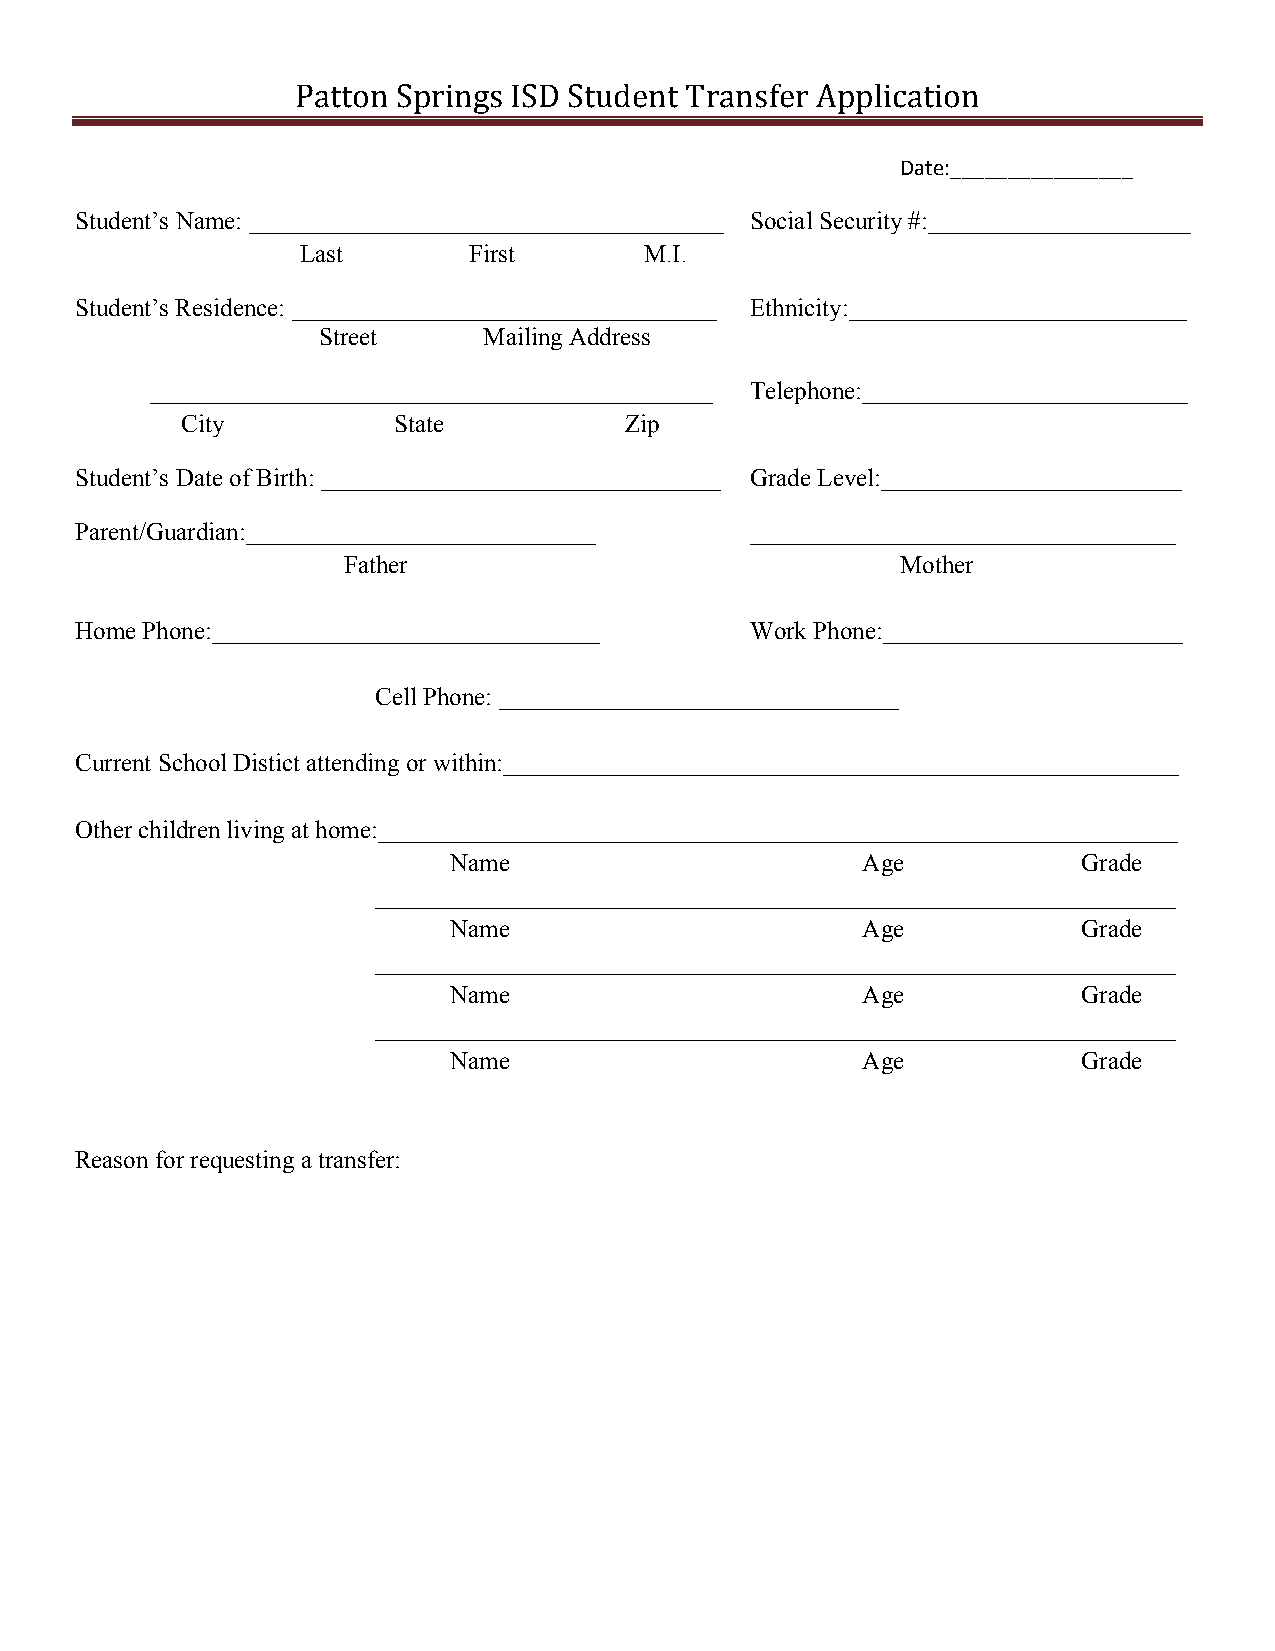
Patton Springs ISD Student Transfer Application
 Date:________________
 Student’s Name: ______________________________________ Social Security #:_____________________
 Last       First       M.I.
 Student’s Residence: __________________________________ Ethnicity:___________________________
 Street     Mailing Address
 _____________________________________________ Telephone:__________________________
 City          State          Zip
 Student’s Date of Birth: ________________________________ Grade Level:________________________
 Parent/Guardian:____________________________ __________________________________
 Father                               Mother
 Home Phone:_______________________________   Work Phone:________________________
 Cell Phone: ________________________________
 Current School Distict attending or within:______________________________________________________
 Other children living at home:________________________________________________________________
 Name                       Age            Grade
 ________________________________________________________________
 Name                       Age            Grade
 ________________________________________________________________
 Name                       Age            Grade
 ________________________________________________________________
 Name                       Age            Grade
 Reason for requesting a transfer: